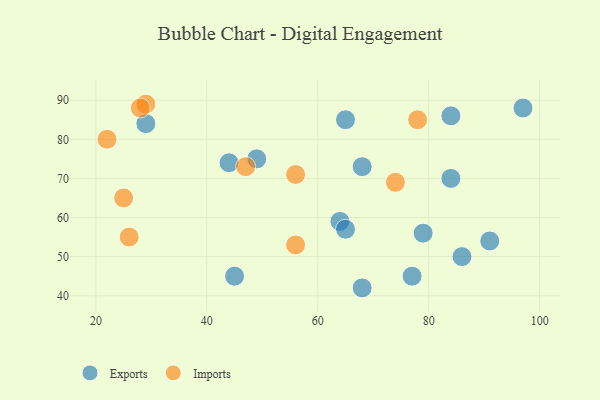
{"axis": {"x": "GDP", "y": "Life Expectancy"}, "legend": ["Exports", "Imports"], "data": [{"x": "45", "y": 45, "type": "Exports"}, {"x": "86", "y": 50, "type": "Exports"}, {"x": "84", "y": 86, "type": "Exports"}, {"x": "65", "y": 85, "type": "Exports"}, {"x": "68", "y": 73, "type": "Exports"}, {"x": "44", "y": 74, "type": "Exports"}, {"x": "68", "y": 42, "type": "Exports"}, {"x": "29", "y": 84, "type": "Exports"}, {"x": "64", "y": 59, "type": "Exports"}, {"x": "91", "y": 54, "type": "Exports"}, {"x": "65", "y": 57, "type": "Exports"}, {"x": "77", "y": 45, "type": "Exports"}, {"x": "49", "y": 75, "type": "Exports"}, {"x": "97", "y": 88, "type": "Exports"}, {"x": "84", "y": 70, "type": "Exports"}, {"x": "79", "y": 56, "type": "Exports"}, {"x": "56", "y": 53, "type": "Imports"}, {"x": "26", "y": 55, "type": "Imports"}, {"x": "74", "y": 69, "type": "Imports"}, {"x": "25", "y": 65, "type": "Imports"}, {"x": "56", "y": 71, "type": "Imports"}, {"x": "47", "y": 73, "type": "Imports"}, {"x": "29", "y": 89, "type": "Imports"}, {"x": "78", "y": 85, "type": "Imports"}, {"x": "22", "y": 80, "type": "Imports"}, {"x": "28", "y": 88, "type": "Imports"}]}